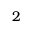
2